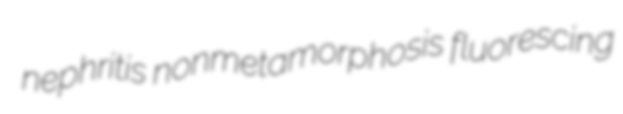
nephritis nonmetamorphosis fluorescing